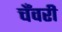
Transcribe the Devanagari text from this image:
चँवरी